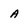
Character: A